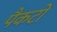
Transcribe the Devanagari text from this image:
पैकटो